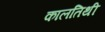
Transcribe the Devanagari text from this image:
कालतिथी